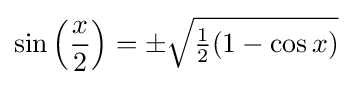
\sin \left({\frac {x}{2}}\right)=\pm {\sqrt {{\tfrac {1}{2}}(1-\cos x)}}